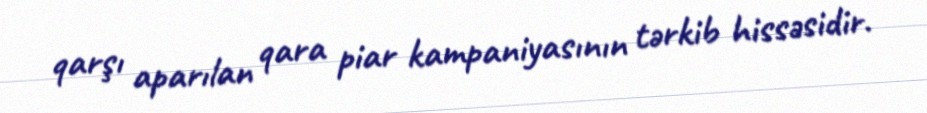
qarşı aparılan qara piar kampaniyasının tərkib hissəsidir.